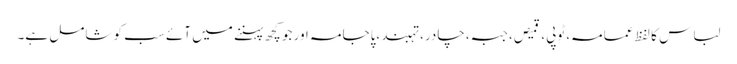
لباس کا لفظ عمامہ، ٹوپی، قمیص، جبہ، چادر، تہبند،پاجامہ اور جو کچھ پہننے میں آئے سب کو شامل ہے۔